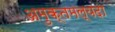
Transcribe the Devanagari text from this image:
अमुक्तमल्यदा